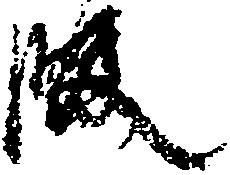
段